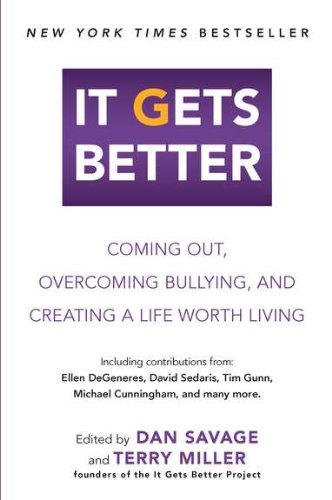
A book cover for It Gets Better: Coming Out, Overcoming Bullying, and Creating a Life Worth Living; Gay & Lesbian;